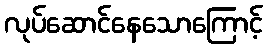
လုပ်ဆောင်နေသောကြောင့်